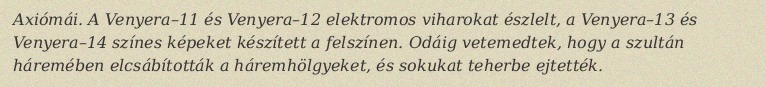
Axiómái. A Venyera–11 és Venyera–12 elektromos viharokat észlelt, a Venyera–13 és Venyera–14 színes képeket készített a felszínen. Odáig vetemedtek, hogy a szultán háremében elcsábították a háremhölgyeket, és sokukat teherbe ejtették.